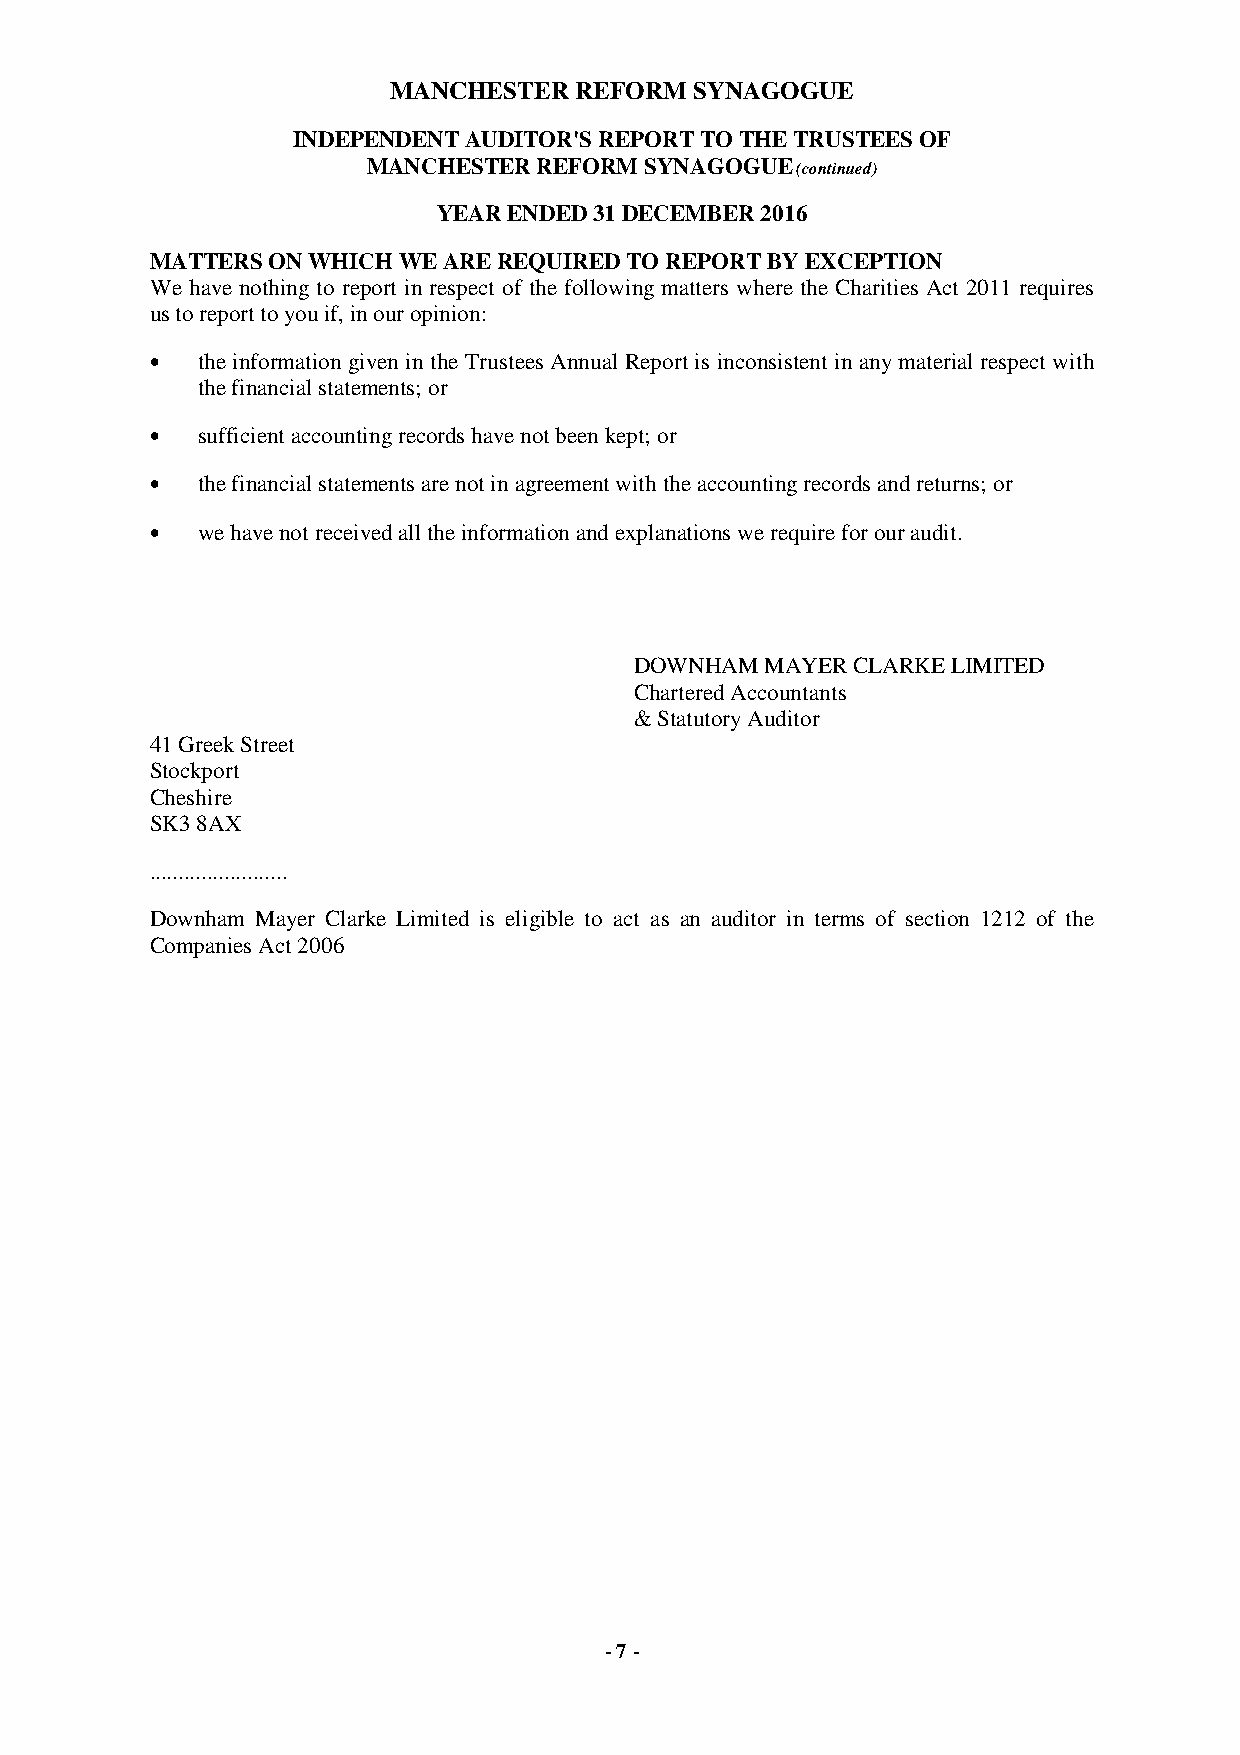
MANCHESTER  REFORM  SYNAGOGUE
 INDEPENDENT AUDITOR'S REPORT TO THE TRUSTEES OF
 MANCHESTER  REFORM SYNAGOGUE (continued)
 YEAR ENDED 31 DECEMBER 2016
 MATTERS ON WHICH WE ARE REQUIRED TO REPORT BY EXCEPTION
 We have nothing to report in respect of the following matters where the Charities Act 2011 requires
 us to report to you if, in our opinion:
 •  the information given in the Trustees Annual Report is inconsistent in any material respect with
 the financial statements; or
 •  sufficient accounting records have not been kept; or
 •  the financial statements are not in agreement with the accounting records and returns; or
 •  we have not received all the information and explanations we require for our audit.
 DOWNHAM  MAYER CLARKE LIMITED
 Chartered Accountants
 & Statutory Auditor
 41 Greek Street
 Stockport
 Cheshire
 SK3 8AX
 ........................
 Downham Mayer Clarke Limited is eligible to act as an auditor in terms of section 1212 of the
 Companies Act 2006
 - 7 -